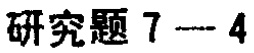
研究题 7---4